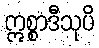
ဣစ္စာဒီသုပိ